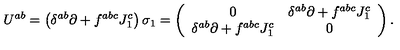
U ^ { a b } = \left( \delta ^ { a b } \partial + f ^ { a b c } J _ { 1 } ^ { c } \right) \sigma _ { 1 } = \left( \begin{array} { c c } { 0 } & { \delta ^ { a b } \partial + f ^ { a b c } J _ { 1 } ^ { c } } \\ { \noalign { \vspace { 6 p t } } \delta ^ { a b } \partial + f ^ { a b c } J _ { 1 } ^ { c } } & { 0 } \\ \end{array} \right) .